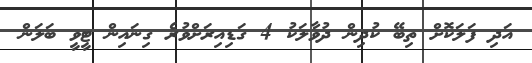
އަދި ފަލަކޮށް ތިބޭ ކުދިން ދުވާލަކު 4 ގަޑިއިރަށްވުރެ ގިނައިން ޓީވީ ބަލަން